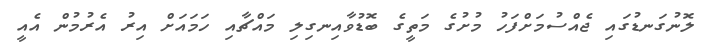
ލޮނުގަނޑުގައި ޖެއްސުމަށްފަހު މުށުގެ މަތީގެ ބޮޑުވާއިނގިލި މައްޗާއި ހަމައަށް އިރު އެރުމުން އެއީ